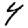
Digit: 4